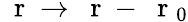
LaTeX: \mathrm{~\mathbf~r~}\to\mathrm{~\mathbf~r~}-\mathrm{~\mathbf~r~}_{0}